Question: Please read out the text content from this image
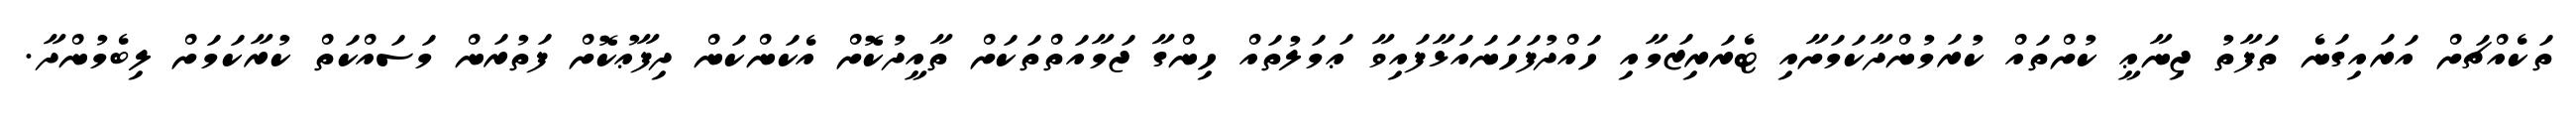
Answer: ތަކެއްޗަށް އަރައިގަނެ ތަފާތު ޖިނާޢީ ކުށްތައް ކުރަމުންދާކަމަށާއި ޓެރަރިޒަމާއި ހައްދުފަހަނައަޅާފައިވާ ޢަމަލުތައް ހިންގާ ޖަމާއަތްތަކަށް ތާއީދުކޮށް އެކަންކަން ދިފާޢުކޮށް ފަތުރަން މަސައްކަތް ކުރާކަމަށް ލިބެމުންދާ.